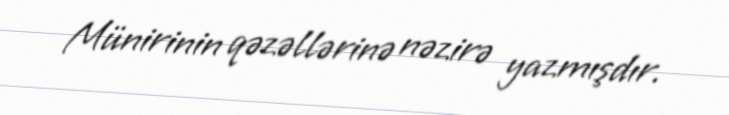
Münirinin qəzəllərinə nəzirə yazmışdır.